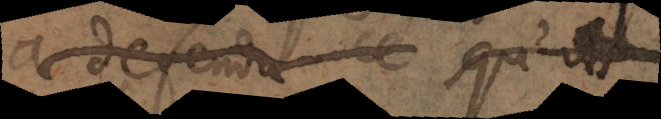
a defendu ce qu’ils